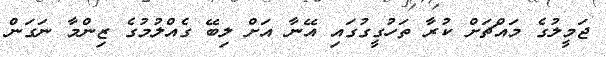
ޖަމީލުގެ މައްޗަށް ކުރާ ތަހުގީގުގައި އޭނާ އަށް ލިބޭ ގެއްލުމުގެ ޒިންމާ ނަގަން